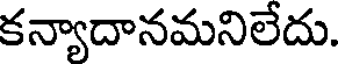
కన్యాదానమనిలేదు.